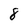
Character: 8